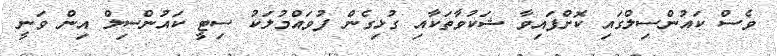
ވެސް ކައުންސިލްގައި ކޮށްފައިވާ ޝަކުވާތަކާއި ގުޅިގެން ފުވައްމުލަކު ސިޓީ ކައުންސިލް އިން ވަނީ